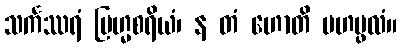
သင်္ကဿရံ ဗြဟ္မစရိယံ၊ န တံ ဟောတိ မဟပ္ဖလံ။